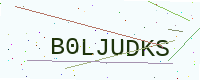
Text: B0LJUDKS